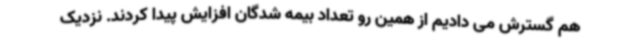
هم گسترش می دادیم از همین رو تعداد بیمه شدگان افزایش پیدا کردند. نزدیک